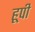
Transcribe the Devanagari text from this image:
हूपी